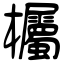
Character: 欘